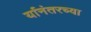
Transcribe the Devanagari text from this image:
र्यानंतरच्या